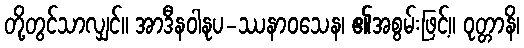
တို့တွင်သာလျှင်။ အာဒီနဝါနုပ-ဿနာဝသေန၊ ၏အစွမ်းဖြင့်။ ဝုတ္တာနိ၊